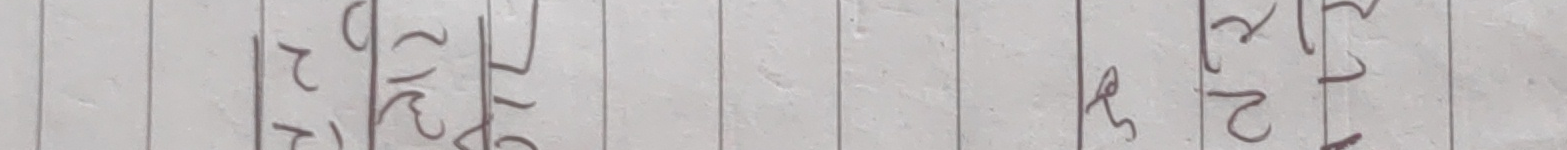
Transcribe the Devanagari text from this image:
१ १
२ २
७ १
१